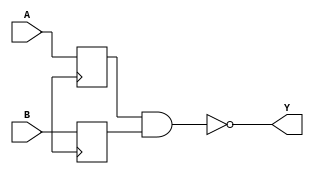
module nand_gate_delay (
    input wire A,
    input wire B,
    output reg Y
);

reg A_sync, B_sync;

always @(posedge clk) begin
    A_sync <= A;
    B_sync <= B;
end

assign Y = ~(A_sync & B_sync);

endmodule